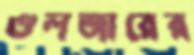
গুলজারের